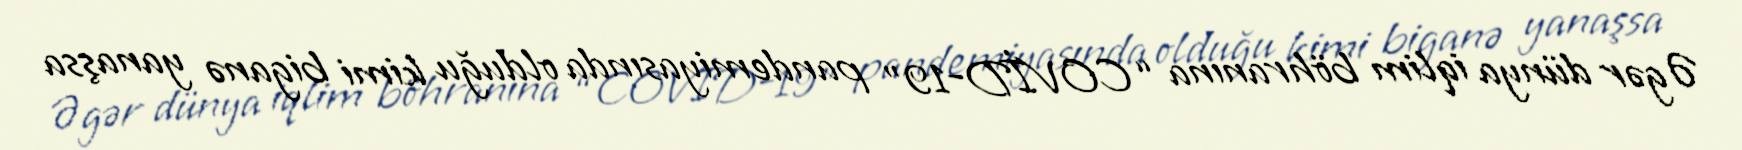
Əgər dünya iqlim böhranına “COVİD-19” pandemiyasında olduğu kimi biganə yanaşsa